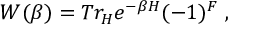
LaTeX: W ( \beta ) = T r _ { \cal H } e ^ { - \beta H } ( - 1 ) ^ { F } \ ,